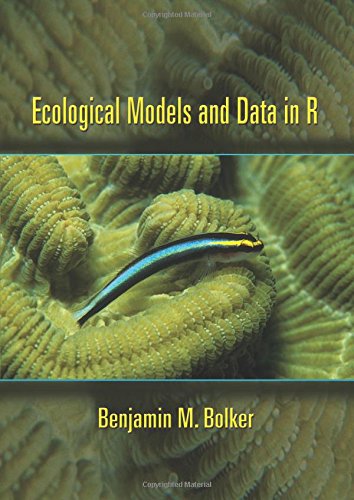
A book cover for Ecological Models and Data in R; Benjamin M. Bolker; Science & Math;